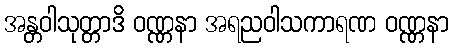
အန္တဝါသုတ္တာဒိ ဝဏ္ဏနာ အရညဝါသကာရဏ ဝဏ္ဏနာ